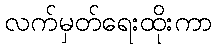
လက်မှတ်ရေးထိုးကာ